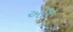
ઑપ